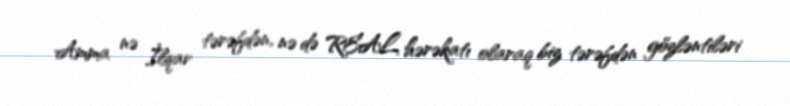
Amma nə İlqar tərəfdən, nə də REAL hərəkatı olaraq biz tərəfdən gözləntiləri